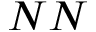
N N